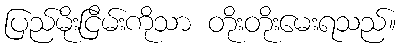
ပြည်မိုးငြိမ်းကိုသာ တိုးတိုးမေးရသည်။